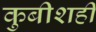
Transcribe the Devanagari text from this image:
कुबीशही